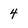
Character: 4